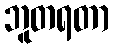
ဘူတရတာ